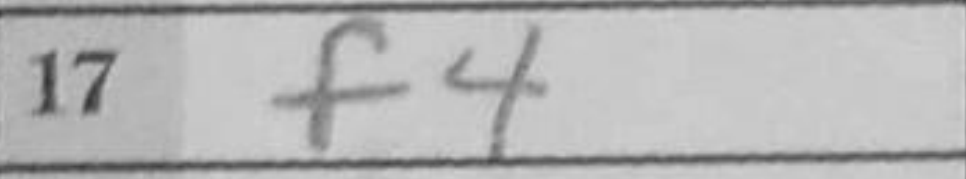
Transcription: f4